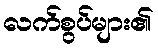
လက်စွပ်များ၏